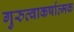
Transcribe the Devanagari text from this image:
गुरुत्वाकर्षात्मक